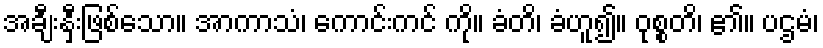
အချီးနှီးဖြစ်သော။ အာကာသံ၊ ကောင်းကင် ကို။ ခံတိ၊ ခံဟူ၍။ ဝုစ္စတိ၊ ၏။ ပဌမံ၊